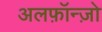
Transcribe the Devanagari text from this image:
अलफ़ॉन्ज़ो